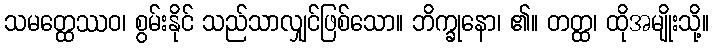
သမတ္ထေဿဝ၊ စွမ်းနိုင် သည်သာလျှင်ဖြစ်သော။ ဘိက္ခုနော၊ ၏။ တတ္ထ၊ ထိုအမျိုးသို့။